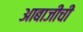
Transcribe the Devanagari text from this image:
आबाजीची